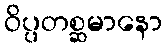
ဝိပ္ပတစ္ဆမာနော